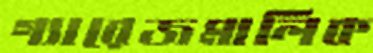
গ্যারেজমালিক